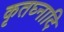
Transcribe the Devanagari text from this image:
कृतघ्नादि